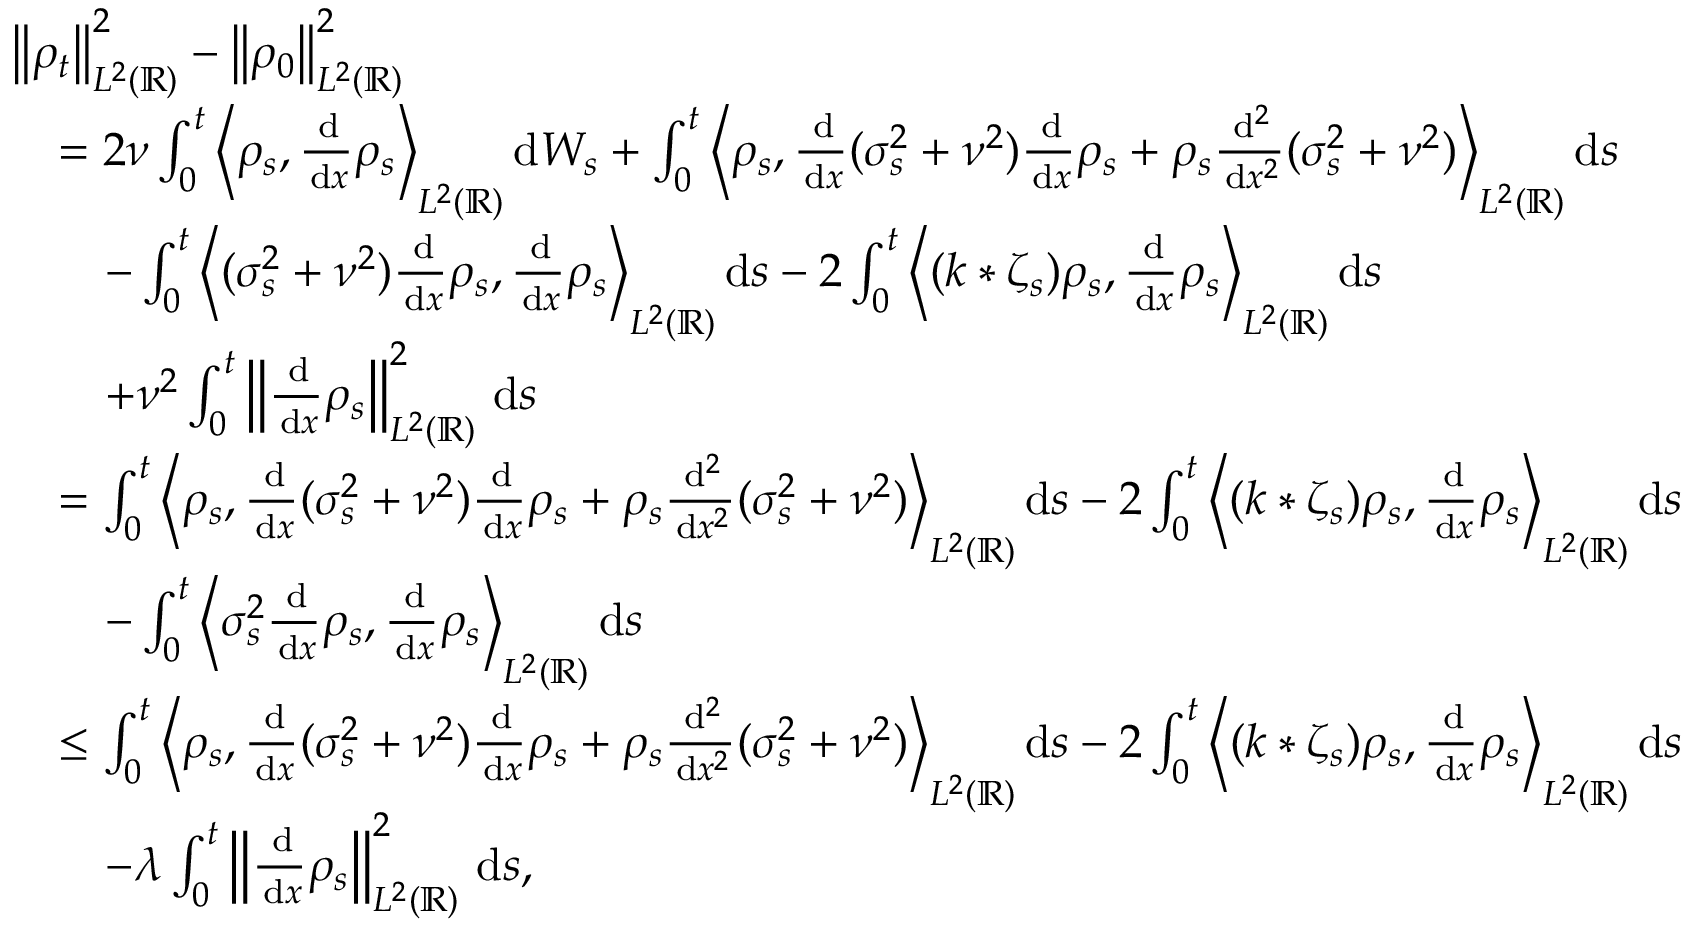
\begin{array} { r l } & { \left\lVert \rho _ { t } \right\rVert _ { L ^ { 2 } ( \mathbb { R } ) } ^ { 2 } - \left\lVert \rho _ { 0 } \right\rVert _ { L ^ { 2 } ( \mathbb { R } ) } ^ { 2 } } \\ & { \quad = 2 \nu \int _ { 0 } ^ { t } \bigg \langle \rho _ { s } , \frac { \, \mathrm { d } } { \, \mathrm { d } x } \rho _ { s } \bigg \rangle _ { L ^ { 2 } ( \mathbb { R } ) } \, \mathrm { d } W _ { s } + \int _ { 0 } ^ { t } \bigg \langle \rho _ { s } , \frac { \, \mathrm { d } } { \, \mathrm { d } x } ( \sigma _ { s } ^ { 2 } + \nu ^ { 2 } ) \frac { \, \mathrm { d } } { \, \mathrm { d } x } \rho _ { s } + \rho _ { s } \frac { \, \mathrm { d } ^ { 2 } } { \, \mathrm { d } x ^ { 2 } } ( \sigma _ { s } ^ { 2 } + \nu ^ { 2 } ) \bigg \rangle _ { L ^ { 2 } ( \mathbb { R } ) } \, \mathrm { d } s } \\ & { \quad \quad - \int _ { 0 } ^ { t } \bigg \langle ( \sigma _ { s } ^ { 2 } + \nu ^ { 2 } ) \frac { \, \mathrm { d } } { \, \mathrm { d } x } \rho _ { s } , \frac { \, \mathrm { d } } { \, \mathrm { d } x } \rho _ { s } \bigg \rangle _ { L ^ { 2 } ( \mathbb { R } ) } \, \mathrm { d } s - 2 \int _ { 0 } ^ { t } \bigg \langle ( k * \zeta _ { s } ) \rho _ { s } , \frac { \, \mathrm { d } } { \, \mathrm { d } x } \rho _ { s } \bigg \rangle _ { L ^ { 2 } ( \mathbb { R } ) } \, \mathrm { d } s } \\ & { \quad \quad + \nu ^ { 2 } \int _ { 0 } ^ { t } \left\lVert \frac { \, \mathrm { d } } { \, \mathrm { d } x } \rho _ { s } \right\rVert _ { L ^ { 2 } ( \mathbb { R } ) } ^ { 2 } \, \mathrm { d } s } \\ & { \quad = \int _ { 0 } ^ { t } \bigg \langle \rho _ { s } , \frac { \, \mathrm { d } } { \, \mathrm { d } x } ( \sigma _ { s } ^ { 2 } + \nu ^ { 2 } ) \frac { \, \mathrm { d } } { \, \mathrm { d } x } \rho _ { s } + \rho _ { s } \frac { \, \mathrm { d } ^ { 2 } } { \, \mathrm { d } x ^ { 2 } } ( \sigma _ { s } ^ { 2 } + \nu ^ { 2 } ) \bigg \rangle _ { L ^ { 2 } ( \mathbb { R } ) } \, \mathrm { d } s - 2 \int _ { 0 } ^ { t } \bigg \langle ( k * \zeta _ { s } ) \rho _ { s } , \frac { \, \mathrm { d } } { \, \mathrm { d } x } \rho _ { s } \bigg \rangle _ { L ^ { 2 } ( \mathbb { R } ) } \, \mathrm { d } s } \\ & { \quad \quad - \int _ { 0 } ^ { t } \bigg \langle \sigma _ { s } ^ { 2 } \frac { \, \mathrm { d } } { \, \mathrm { d } x } \rho _ { s } , \frac { \, \mathrm { d } } { \, \mathrm { d } x } \rho _ { s } \bigg \rangle _ { L ^ { 2 } ( \mathbb { R } ) } \, \mathrm { d } s } \\ & { \quad \le \int _ { 0 } ^ { t } \bigg \langle \rho _ { s } , \frac { \, \mathrm { d } } { \, \mathrm { d } x } ( \sigma _ { s } ^ { 2 } + \nu ^ { 2 } ) \frac { \, \mathrm { d } } { \, \mathrm { d } x } \rho _ { s } + \rho _ { s } \frac { \, \mathrm { d } ^ { 2 } } { \, \mathrm { d } x ^ { 2 } } ( \sigma _ { s } ^ { 2 } + \nu ^ { 2 } ) \bigg \rangle _ { L ^ { 2 } ( \mathbb { R } ) } \, \mathrm { d } s - 2 \int _ { 0 } ^ { t } \bigg \langle ( k * \zeta _ { s } ) \rho _ { s } , \frac { \, \mathrm { d } } { \, \mathrm { d } x } \rho _ { s } \bigg \rangle _ { L ^ { 2 } ( \mathbb { R } ) } \, \mathrm { d } s } \\ & { \quad \quad - \lambda \int _ { 0 } ^ { t } \left\lVert \frac { \, \mathrm { d } } { \, \mathrm { d } x } \rho _ { s } \right\rVert _ { L ^ { 2 } ( \mathbb { R } ) } ^ { 2 } \, \mathrm { d } s , } \end{array}